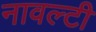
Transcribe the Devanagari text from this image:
नावल्‍टी